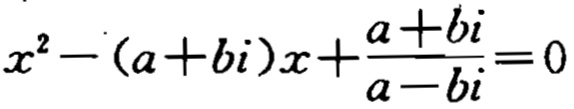
\(x^{2}-(a + bi)x+\frac{a + bi}{a - bi}=0\)